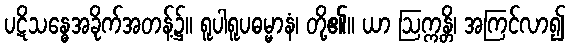
ပဋိသန္ဓေအခိုက်အတန့်၌။ ရူပါရူပဓမ္မာနံ၊ တို့၏။ ယာ ဩက္ကန္တိ၊ အကြင်လာ၍